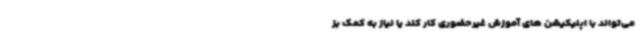
می‌تواند با اپلیکیشن های آموزش غیرحضوری کار کند یا نیاز به کمک بز